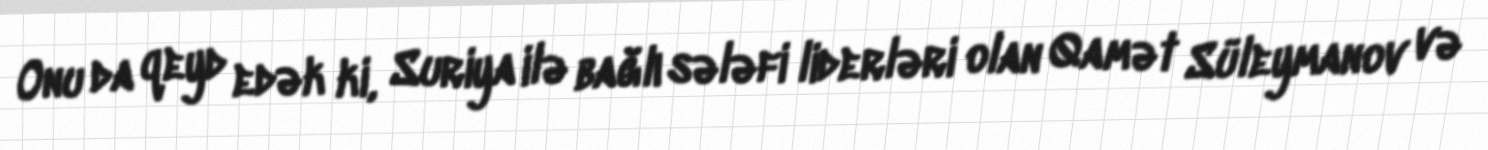
Onu da qeyd edək ki, Suriya ilə bağlı sələfi liderləri olan Qamət Süleymanov və